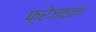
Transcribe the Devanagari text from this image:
फ़्रेजाइल